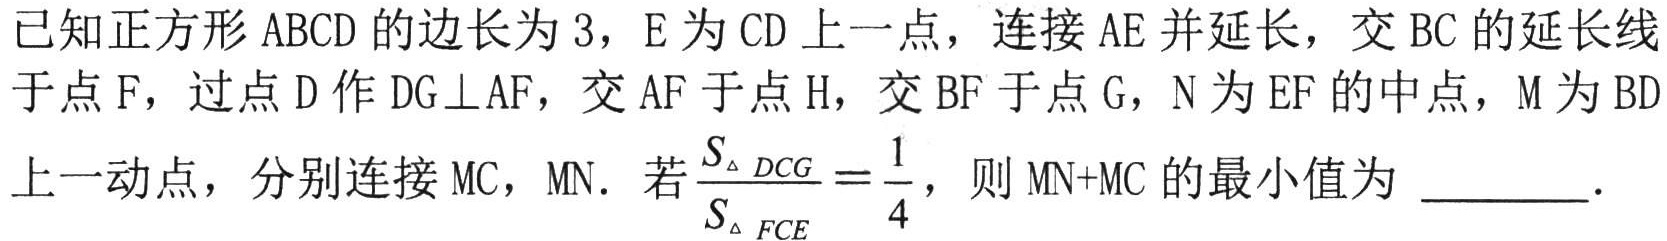
已知正方形 \(ABCD\) 的边长为 \(3\)，\(E\) 为 \(CD\) 上一点，连接 \(AE\) 并延长，交 \(BC\) 的延长线于点 \(F\)，过点 \(D\) 作 \(DG\perp AF\)，交 \(AF\) 于点 \(H\)，交 \(BF\) 于点 \(G\)，\(N\) 为 \(EF\) 的中点，\(M\) 为 \(BD\) 上一动点，分别连接 \(MC\)，\(MN\)．若\(\frac{S_{\triangle DCG}}{S_{\triangle FCE}}=\frac{1}{4}\)，则 \(MN + MC\) 的最小值为  ．